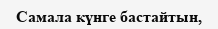
Самала күнге бастайтын,